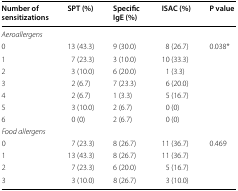
<table><thead><tr><td><b>Number of sensitizations</b></td><td><b>SPT (%)</b></td><td><b>Specific IgE (%)</b></td><td><b>ISAC (%)</b></td><td><b>P value</b></td></tr></thead><tbody><tr><td colspan="5"><i>Aeroallergens</i></td></tr><tr><td>0</td><td>13 (43.3)</td><td>9 (30.0)</td><td>8 (26.7)</td><td rowspan="7">0.038*</td></tr><tr><td>1</td><td>7 (23.3)</td><td>3 (10.0)</td><td>10 (33.3)</td></tr><tr><td>2</td><td>3 (10.0)</td><td>6 (20.0)</td><td>1 (3.3)</td></tr><tr><td>3</td><td>2 (6.7)</td><td>7 (23.3)</td><td>6 (20.0)</td></tr><tr><td>4</td><td>2 (6.7)</td><td>1 (3.3)</td><td>5 (16.7)</td></tr><tr><td>5</td><td>3 (10.0)</td><td>2 (6.7)</td><td>0 (0)</td></tr><tr><td>6</td><td>0 (0)</td><td>2 (6.7)</td><td>0 (0)</td></tr><tr><td colspan="5"><i>Food allergens</i></td></tr><tr><td>0</td><td>7 (23.3)</td><td>8 (26.7)</td><td>11 (36.7)</td><td rowspan="4">0.469</td></tr><tr><td>1</td><td>13 (43.3)</td><td>8 (26.7)</td><td>11 (36.7)</td></tr><tr><td>2</td><td>7 (23.3)</td><td>6 (20.0)</td><td>5 (16.7)</td></tr><tr><td>3</td><td>3 (10.0)</td><td>8 (26.7)</td><td>3 (10.0)</td></tr></tbody></table>